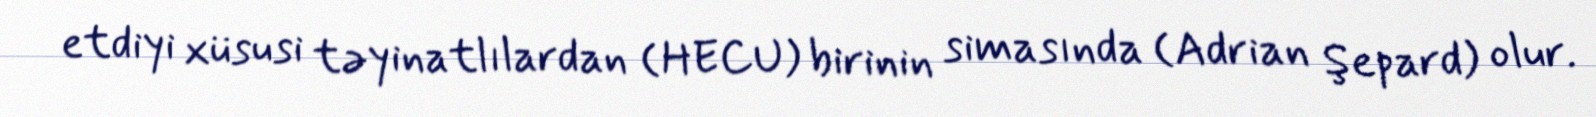
etdiyi xüsusi təyinatlılardan (HECU) birinin simasında (Adrian Şepard) olur.